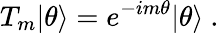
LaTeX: T_{m}|\theta\rangle=e^{-im\theta}|\theta\rangle\ .